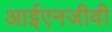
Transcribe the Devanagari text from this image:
आईएनजीवी